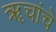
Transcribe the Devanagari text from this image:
ॠचांचे